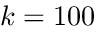
k = 1 0 0